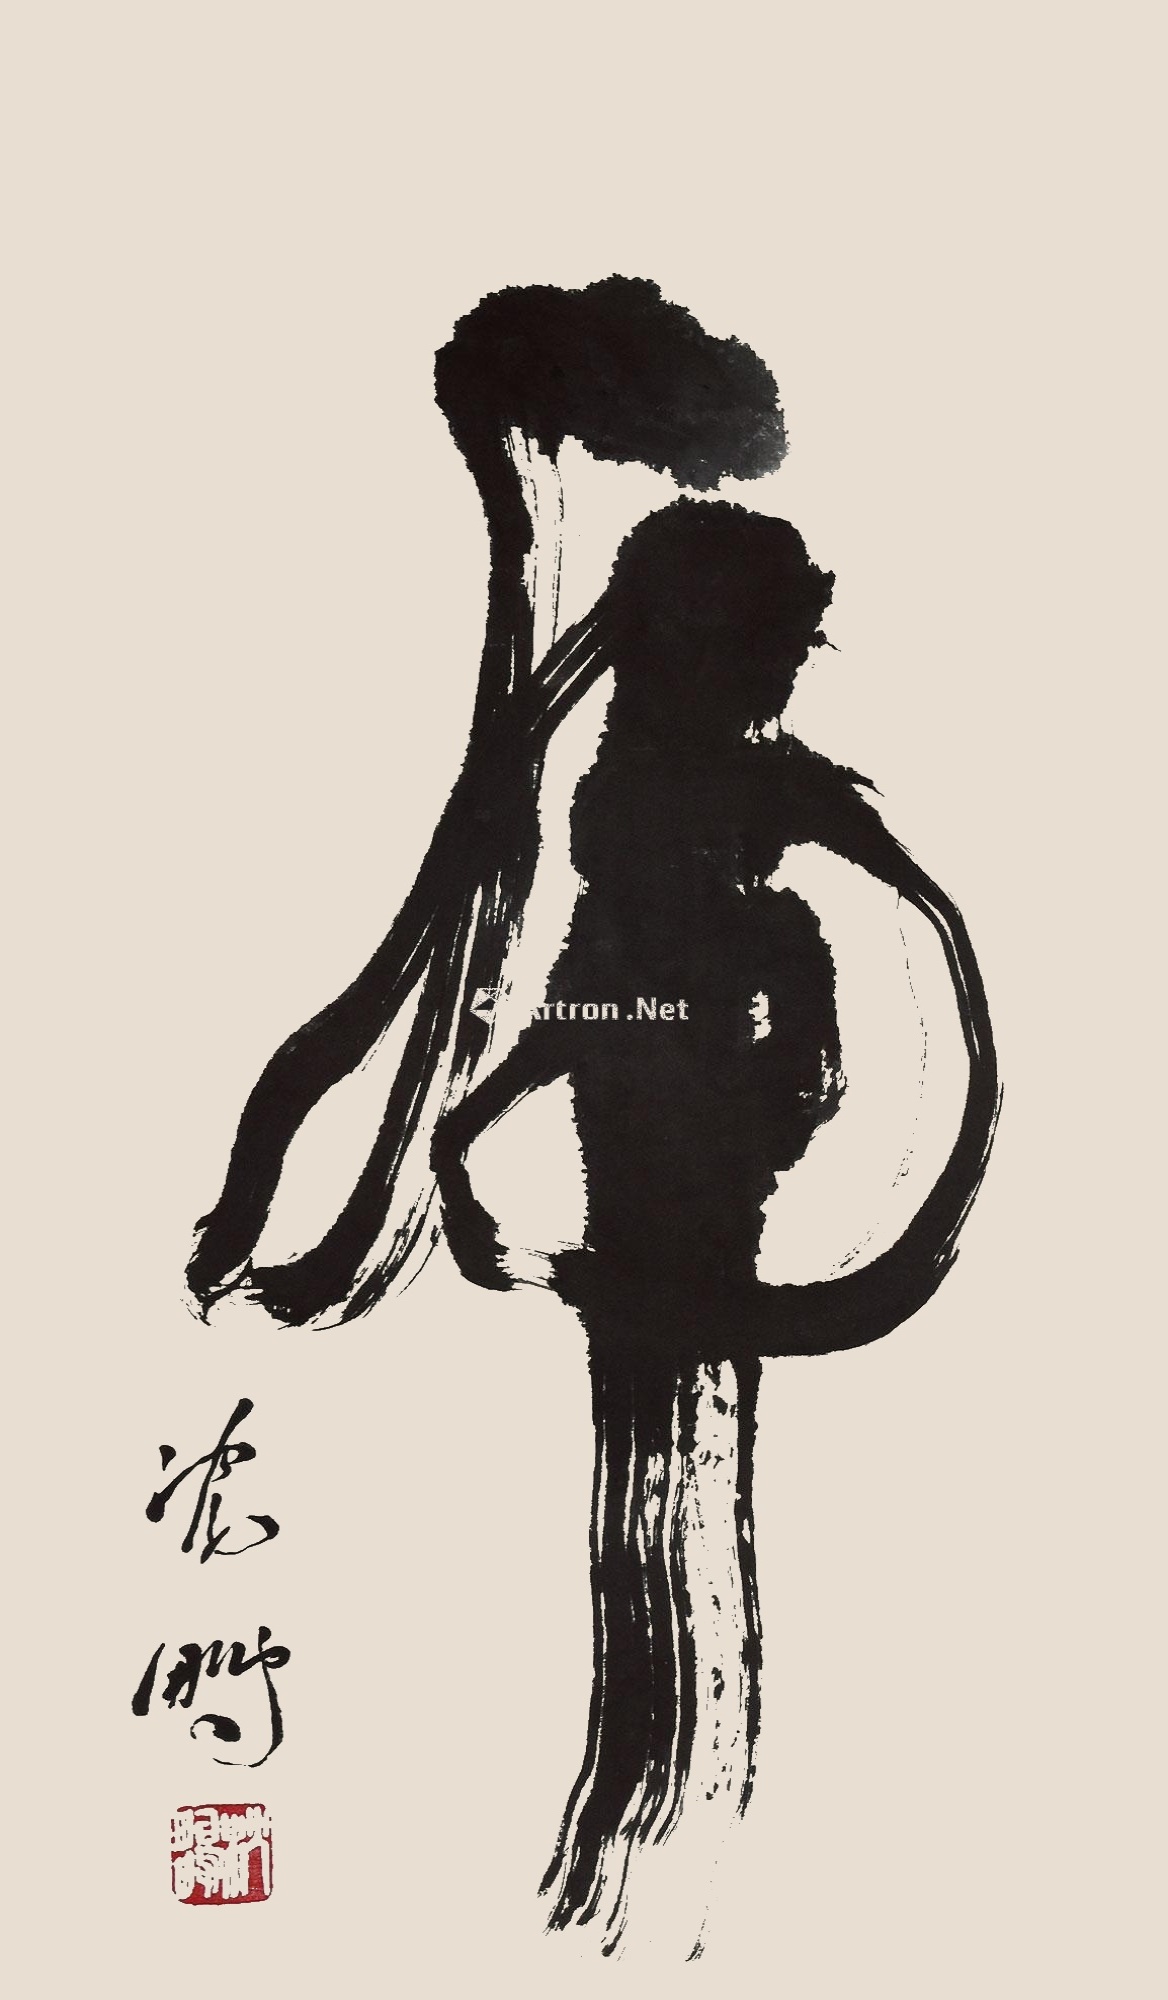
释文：虎沈鹏